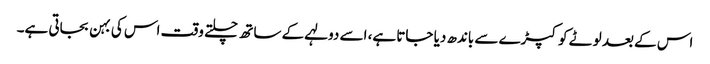
اس کے بعد لوٹے کوکپڑے سے باندھ دیا جاتا ہے، اسے دولہے کے ساتھ چلتے وقت اس کی بہن بجاتی ہے۔